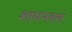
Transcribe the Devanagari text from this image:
शासनबल